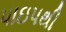
પાઇપથી